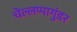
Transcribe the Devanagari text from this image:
चेल्लप्पागुंडर